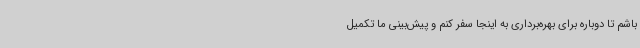
باشم تا دوباره برای بهره‌برداری به اینجا سفر کنم و پیش‌بینی ما تکمیل